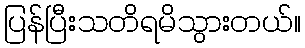
ပြန်ပြီးသတိရမိသွားတယ်။